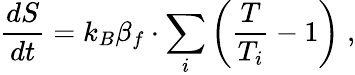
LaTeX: \frac{dS}{dt}=k_{B}\beta_{f}\cdot\sum_{i}\left(\frac{T}{T_{i}}-1\right)\; ,